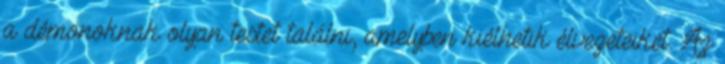
a démonoknak olyan testet találni, amelyben kiélhetik élvezeteiket. Az